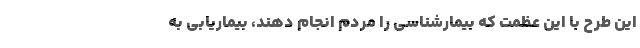
این طرح با این عظمت که بیمارشناسی را مردم انجام دهند، بیماریابی به